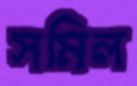
সমিল